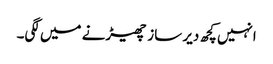
انہیں کچھ دیر ساز چھیڑنے میں لگی۔